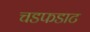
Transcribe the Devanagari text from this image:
चडफडाट